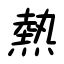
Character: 熱